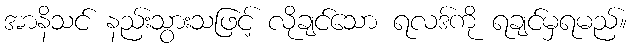
အာနိသင် နည်းသွားသဖြင့် လိုချင်သော ရလဒ်ကို ရချင်မှရမည်။